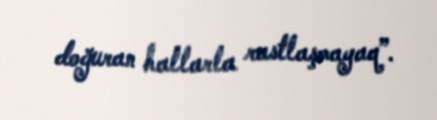
doğuran hallarla rastlaşmayaq”.